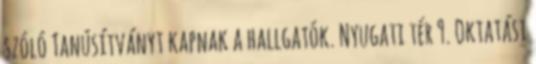
szóló Tanúsítványt kapnak a hallgatók. Nyugati tér 9. Oktatási